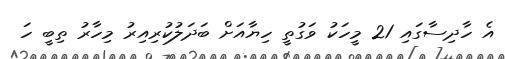
އެ ހާދިސާގައި 21 މީހަކު ވަގުތީ ހިޔާއަށް ބަދަލުކުރިއިރު މިހާރު ތިބީ ހަ